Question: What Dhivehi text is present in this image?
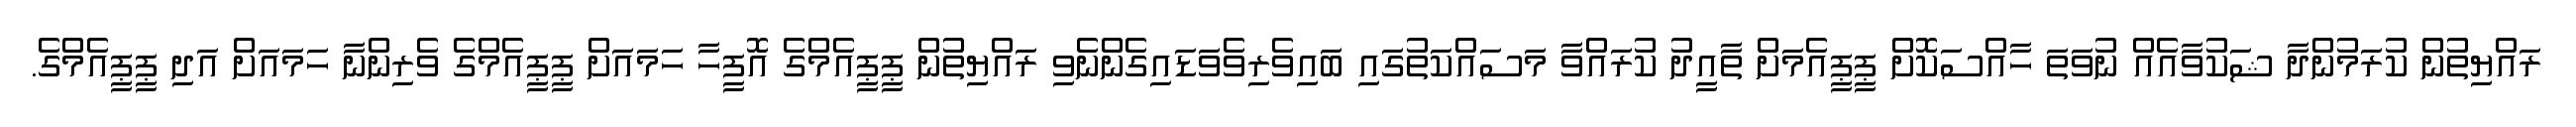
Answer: ރައްޔިތުން ކުރަމުންދާ ޝަކުވާއެއް ނުވަތަ ހާއްސަކޮށް ޕީޕީއެމަށް ތާއީދު ކުރައްވާ މަސައްކަތުގައި ބައިވެރިވެވަޑައިގެންނެވި ރައްޔިތުން ޕީޕީއެމްގެ އޮފީހާ ހަމައަށް ޕީޕީއެމްގެ ވެރިންނާ ހަމައަށް އަދި ޕީޕީއެމްގެ.